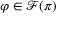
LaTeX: \varphi \in { \mathcal { F } } ( \pi )